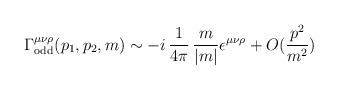
LaTeX: \begin{align*}\Gamma_{\rm odd}^{\mu\nu\rho}(p_1,p_2,m)\sim -i\,\frac{1}{4\pi}\,\frac{m}{|m|}\epsilon^{\mu\nu\rho} +O(\frac{p^2}{m^2})\end{align*}